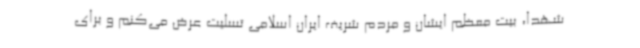
شهدا، بیت معظم ایشان و مردم شریف ایران اسلامی تسلیت عرض می‌کنم و برای